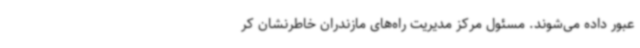
عبور داده می‌شوند. مسئول مرکز مدیریت راه‌های مازندران خاطرنشان کر